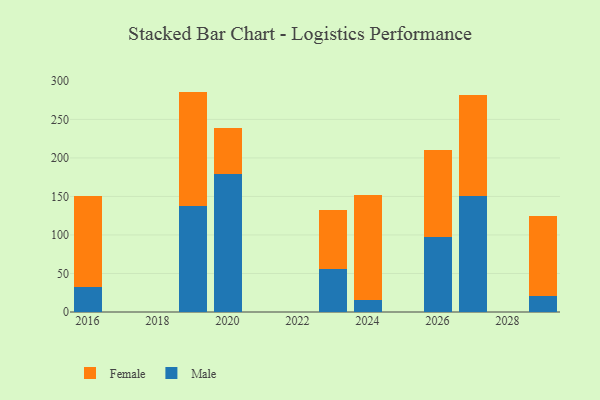
{"axis": {"x": "Year", "y": "Revenue (USD Million)"}, "legend": ["Female", "Male"], "data": [{"x": "2020", "y": 178.8, "type": "Male"}, {"x": "2020", "y": 60.0, "type": "Female"}, {"x": "2016", "y": 32.3, "type": "Male"}, {"x": "2016", "y": 118.5, "type": "Female"}, {"x": "2026", "y": 97.6, "type": "Male"}, {"x": "2026", "y": 113.0, "type": "Female"}, {"x": "2027", "y": 150.4, "type": "Male"}, {"x": "2027", "y": 131.2, "type": "Female"}, {"x": "2019", "y": 137.0, "type": "Male"}, {"x": "2019", "y": 149.1, "type": "Female"}, {"x": "2024", "y": 16.1, "type": "Male"}, {"x": "2024", "y": 135.3, "type": "Female"}, {"x": "2023", "y": 56.4, "type": "Male"}, {"x": "2023", "y": 75.4, "type": "Female"}, {"x": "2029", "y": 20.2, "type": "Male"}, {"x": "2029", "y": 103.8, "type": "Female"}]}